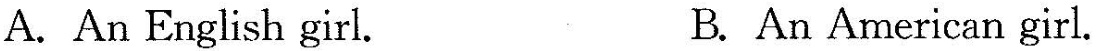
A. An English girl. B. An American girl.